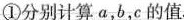
①分别计算a，b，c的值。